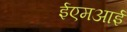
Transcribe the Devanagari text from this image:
ईएमअाई